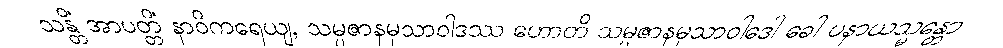
သန္တိံ အာပတ္တိံ နာဝိကရေယျ, သမ္ပဇာနမုသာဝါဒဿ ဟောတိ သမ္ပဇာနမုသာဝါဒေါ ခေါ ပနာယသ္မန္တော